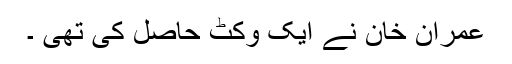
عمران خان نے ایک وکٹ حاصل کی تھی ۔